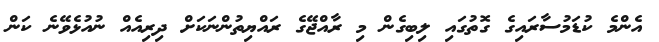
އެންމެ ކުޑަމުސާރައިގެ ގޮތުގައި ލިބިގެން މި ރާއްޖޭގެ ރައްޔިތުންނަކަށް ދިރިއެއް ނުއުޅެވޭނެ ކަން